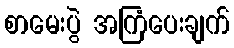
စာမေးပွဲ အကြံပေးချက်